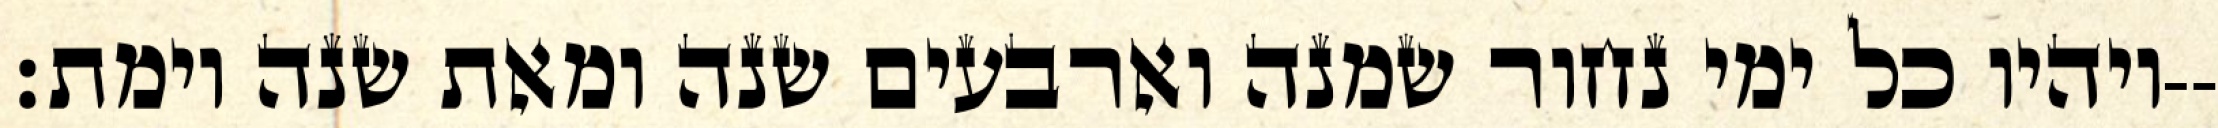
ויהיו כל ימי נחור שמנה וארבעים שנה ומאת שנה וימת׃--